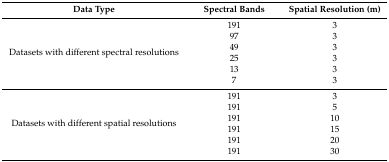
<table><thead><tr><td><b>Data Type</b></td><td><b>Spectral Bands</b></td><td><b>Spatial Resolution (m)</b></td></tr></thead><tbody><tr><td rowspan="6">Datasets with different spectral resolutions</td><td>191</td><td>3</td></tr><tr><td>97</td><td>3</td></tr><tr><td>49</td><td>3</td></tr><tr><td>25</td><td>3</td></tr><tr><td>13</td><td>3</td></tr><tr><td>7</td><td>3</td></tr><tr><td rowspan="6">Datasets with different spatial resolutions</td><td>191</td><td>3</td></tr><tr><td>191</td><td>5</td></tr><tr><td>191</td><td>10</td></tr><tr><td>191</td><td>15</td></tr><tr><td>191</td><td>20</td></tr><tr><td>191</td><td>30</td></tr></tbody></table>